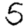
Digit: 5